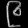
Digit: ၉